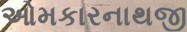
ઓમકારનાથજી